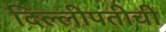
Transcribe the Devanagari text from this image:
दिल्लीपतीची